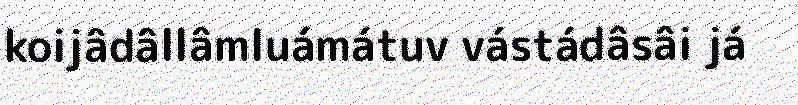
koijâdâllâmluámátuv vástádâsâi já